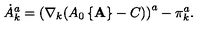
\dot { A } _ { k } ^ { a } = \left( \nabla _ { k } ( A _ { 0 } \left\{ { \bf A } \right\} - C ) \right) ^ { a } - \pi _ { k } ^ { a } .